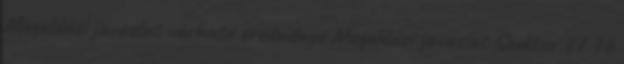
Megoldási javaslat várható eredménye Megoldási javaslat Szektor 77 76